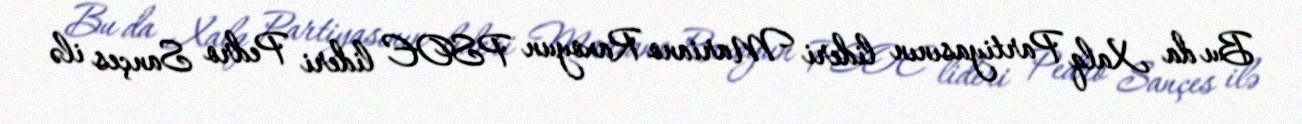
Bu da Xalq Partiyasının lideri Mariano Raxoyun PSOE lideri Pedro Sançes ilə